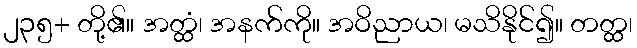
၂၃၅+ တို့၏။ အတ္ထံ၊ အနက်ကို။ အဝိညာယ၊ မသိနိုင်၍။ တတ္ထ၊